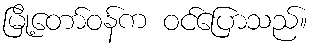
မြို့တော်ဝန်က ဝင်ပြောသည်။